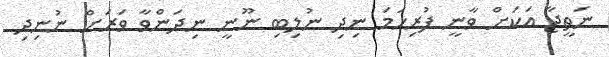
ނަތީޖާ އަކަށް ވާނީ ފުރިހަމަ ނިދި ނުލިބި ނޫނީ ނިދަންވާ ވަރަށް ނުނިދި